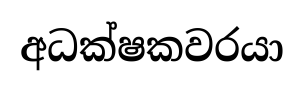
අධක්ෂකවරයා